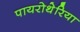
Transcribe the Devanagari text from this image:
पायरोथेरिया